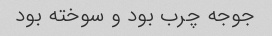
جوجه چرب بود و سوخته بود